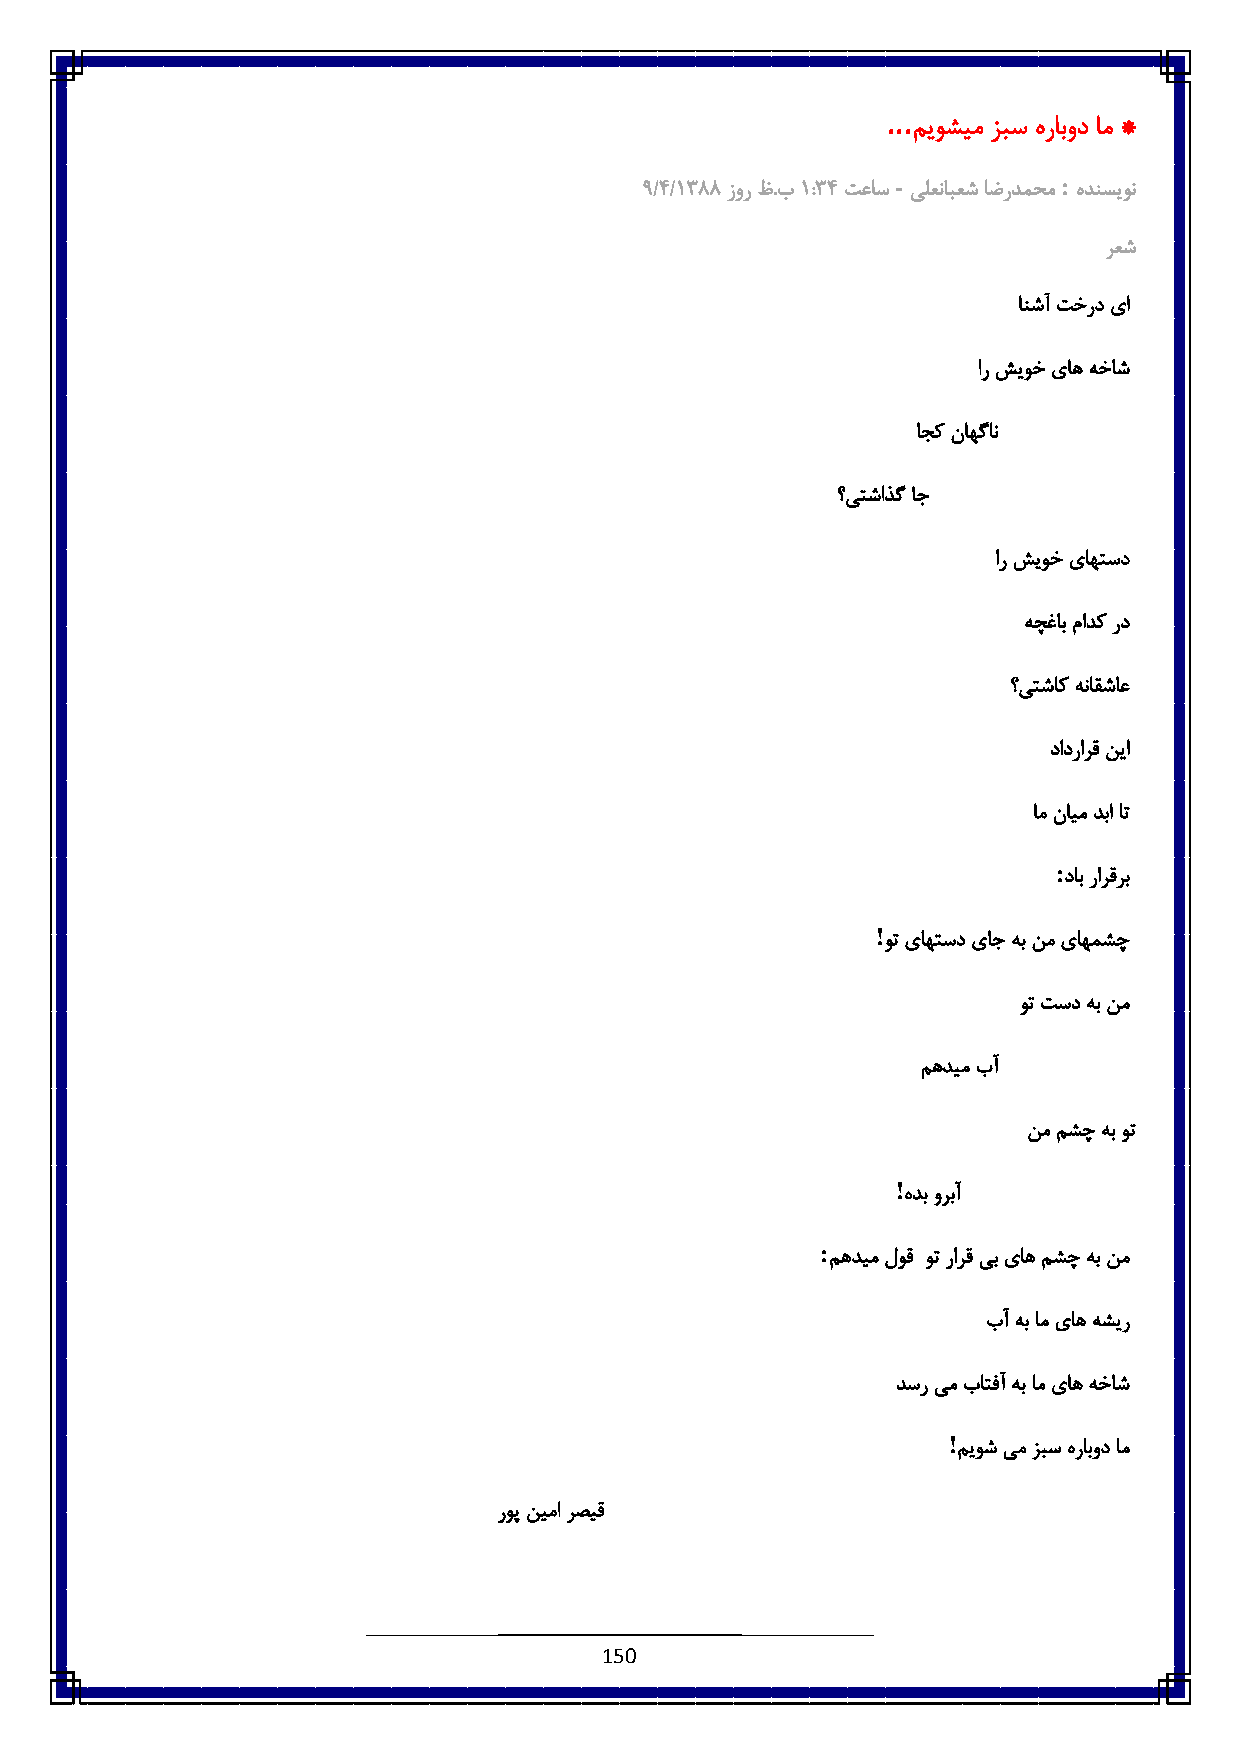
...
 میوشیم زبس هرابود ام *
 -          :
 3/٠/6833 زور ظ.ب6 :8٠ تعاس یلعنابعش اضردمحم هدنسیون
 رعش
 انشآتخردیا
 ار شیوخ یاه هخاش
 اجک ناهگان
 ؟یتشاذگ اج
 ار شیوخ یاهتسد
 هچغاب مادک رد
 ؟یتشاک هناقشاع
 دادرارق نیا
 ام نایم دبا ات
 :
 داب رارقرب
 !
 وت یاهتسد یاج هب نم یاهمشچ
 وت تسد هب نم
 مهدیم بآ
 نم مشچ هب وت
 !
 هدب وربآ
 :
 مهدیم لوق وت رارق یب یاه مشچ هب نم
 بآ هب ام یاه هشیر
 دسر یم باتفآ هب ام یاه هخاش
 !
 میوش یم زبس هرابود ام
 روپ نیما رصیق
 150